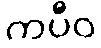
ကပီဝ